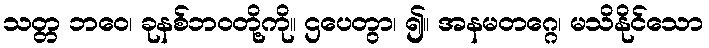
သတ္တ ဘဝေ၊ ခုနစ်ဘဝတို့ကို။ ဌပေတွာ၊ ၍။ အနမတဂ္ဂေ၊ မသိနိုင်သော